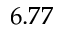
6 . 7 7